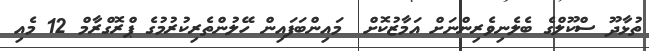
ތުޅާދޫ ސްކޫލްގެ ބެލެނިވެރިންނަށް އަމާޒުކޮށް  މައިންބަފައިން ހޭލުންތެރިކުރުމުގެ ޕްރޮގްރާމް 12 މެއި